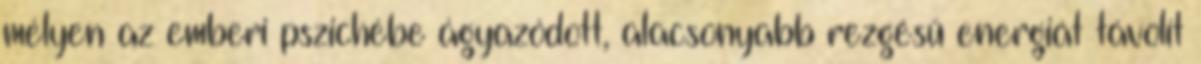
mélyen az emberi pszichébe ágyazódott, alacsonyabb rezgésű energiát távolít